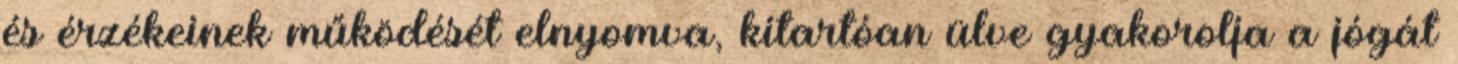
és érzékeinek működését elnyomva, kitartóan ülve gyakorolja a jógát